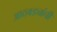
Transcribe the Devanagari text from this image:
आठवड्यांची